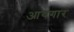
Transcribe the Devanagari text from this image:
आयगार